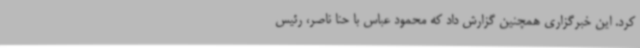
کرد. این خبرگزاری همچنین گزارش داد که محمود عباس با حنا ناصر، رئیس